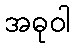
အဓုဝါ